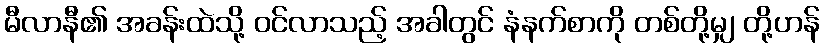
မီလာနီ၏ အခန်းထဲသို့ ဝင်လာသည့် အခါတွင် နံနက်စာကို တစ်တို့မျှ တို့ဟန်